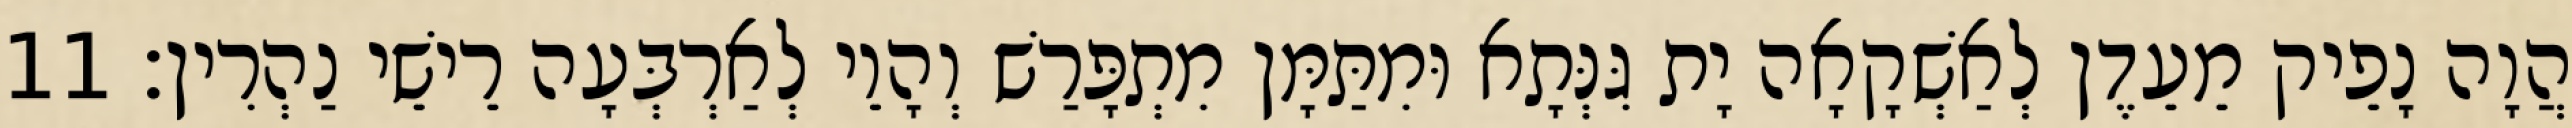
הֲוָה נָפֵיק מֵעֵדֶן לְאַשְׁקָאָה יָת גִּנְּתָא וּמִתַּמָּן מִתְפָּרַשׁ וְהָוֵי לְאַרְבְּעָה רֵישֵׁי נַהְרִין׃ 11